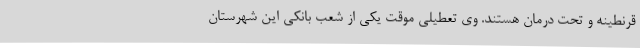
قرنطینه و تحت درمان هستند. وی تعطیلی موقت یکی از شعب بانکی این شهرستان